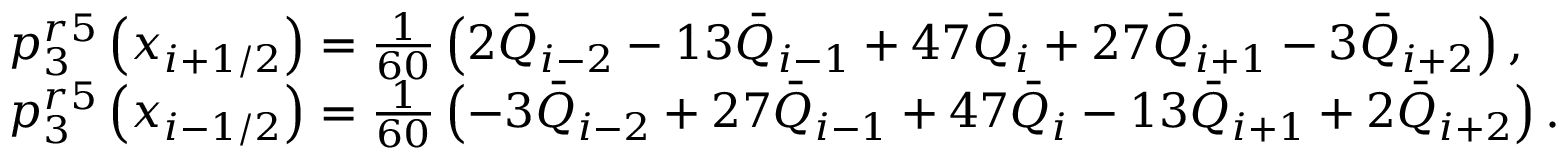
\begin{array} { r l } & { p _ { 3 } ^ { r 5 } \left( { { x } _ { i + 1 / 2 } } \right) = \frac { 1 } { 6 0 } \left( 2 { { { \bar { Q } } } _ { i - 2 } } - 1 3 { { { \bar { Q } } } _ { i - 1 } } + 4 7 { { { \bar { Q } } } _ { i } } + 2 7 { { { \bar { Q } } } _ { i + 1 } } - 3 { { { \bar { Q } } } _ { i + 2 } } \right) , } \\ & { p _ { 3 } ^ { r 5 } \left( { { x } _ { i - 1 / 2 } } \right) = \frac { 1 } { 6 0 } \left( - 3 { { { \bar { Q } } } _ { i - 2 } } + 2 7 { { { \bar { Q } } } _ { i - 1 } } + 4 7 { { { \bar { Q } } } _ { i } } - 1 3 { { { \bar { Q } } } _ { i + 1 } } + 2 { { { \bar { Q } } } _ { i + 2 } } \right) . } \end{array}